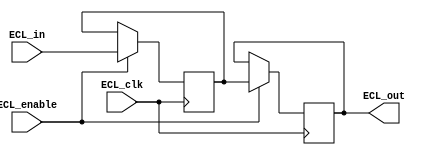
module ECL_buffer(
    input      ECL_in,
    output     ECL_out,
    input      ECL_clk,
    input      ECL_enable
);

// Input buffer
reg        ECL_in_reg;
always @ (posedge ECL_clk)
begin
    if (ECL_enable)
        ECL_in_reg <= ECL_in;
end

// Output buffer
always @ (posedge ECL_clk)
begin
    if (ECL_enable)
        ECL_out <= ECL_in_reg;
end

endmodule